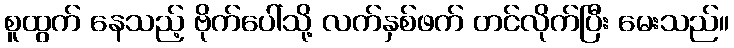
စူထွက် နေသည့် ဗိုက်ပေါ်သို့ လက်နှစ်ဖက် တင်လိုက်ပြီး မေးသည်။